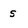
Character: s